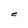
Character: e